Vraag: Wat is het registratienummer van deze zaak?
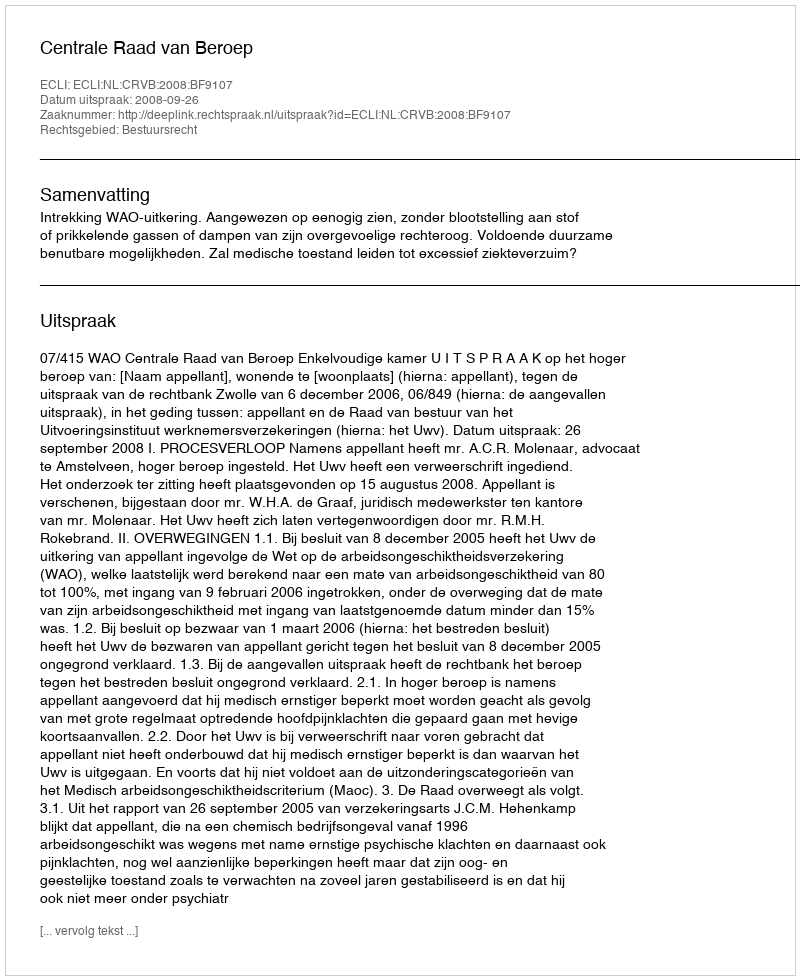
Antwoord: http://deeplink.rechtspraak.nl/uitspraak?id=ECLI:NL:CRVB:2008:BF9107